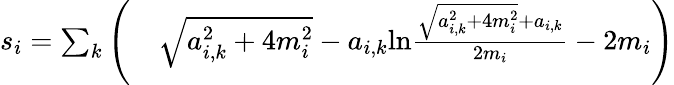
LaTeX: \begin{array}{rl}{s_{i}=\sum_{k}\Bigg(}&{{}\sqrt{a_{i,k}^{2}+4m_{i}^{2}}-a_{i,k}\mathrm{ln}\frac{\sqrt{a_{i,k}^{2}+4m_{i}^{2}}+a_{i,k}}{2m_{i}}-2m_{i}\Bigg)}\end{array}